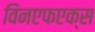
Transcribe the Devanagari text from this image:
विनएफएक्स